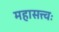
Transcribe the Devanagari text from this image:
महासत्त्वः